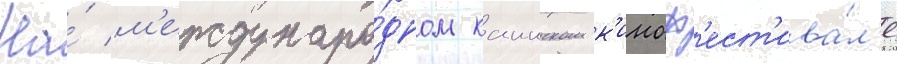
На́ м'еждунаро́дном каннском к'иноф'ест'ива́л'е